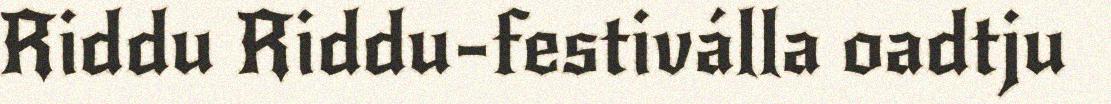
Riddu Riddu-festiválla oadtju